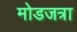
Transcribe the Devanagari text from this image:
मोडजत्रा